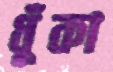
ধুঁকা